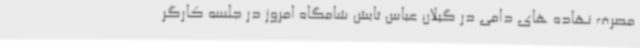
مصرف نهاده های دامی در گیلان عباس تابش شامگاه امروز در جلسه کارگر